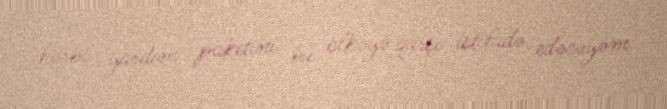
hərbi yardım paketini bu ölkəyə qarşı istifadə edəcəyəm.